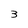
Character: 3